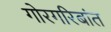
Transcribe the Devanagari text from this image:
गोरगरिबांत